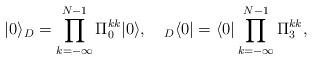
LaTeX: \begin{align*}| 0 \rangle_D=\prod_{k=-\infty}^{N-1} \Pi_0^{kk}|0\rangle,\quad{}_D\langle 0|= \langle 0|\prod_{k=-\infty}^{N-1}\Pi_3^{kk},\end{align*}